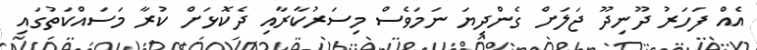
އެއް ފަހަރު ދޫނިދޫ ޖަލަށް ގެންދިޔަ ނަމަވެސް މިސަރުކާރާއި ދެކޮޅަށް ކުރާ މަސައްކަތުގައި